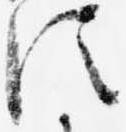
従